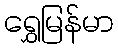
ရွှေမြန်မာ